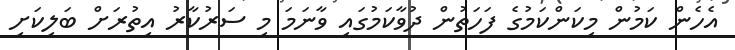
އެހެން ކަމުން މިކަންކަމުގެ ފަހަތުން ދުވާކަމުގައި ވާނަމަ މި ސަރުކާރު އިތުރަށް ބަލިކަށި